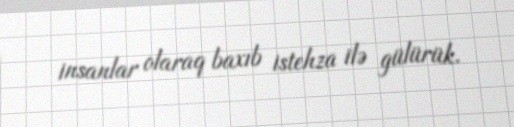
insanlar olaraq baxıb istehza ilə gülürük.